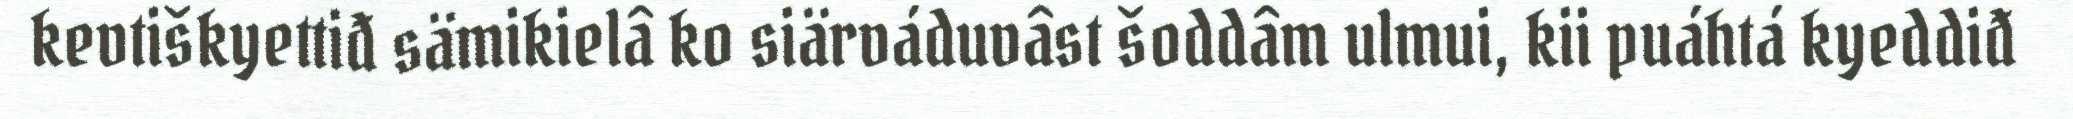
kevtiškyettiđ sämikielâ ko siärváduvâst šoddâm ulmui, kii puáhtá kyeddiđ